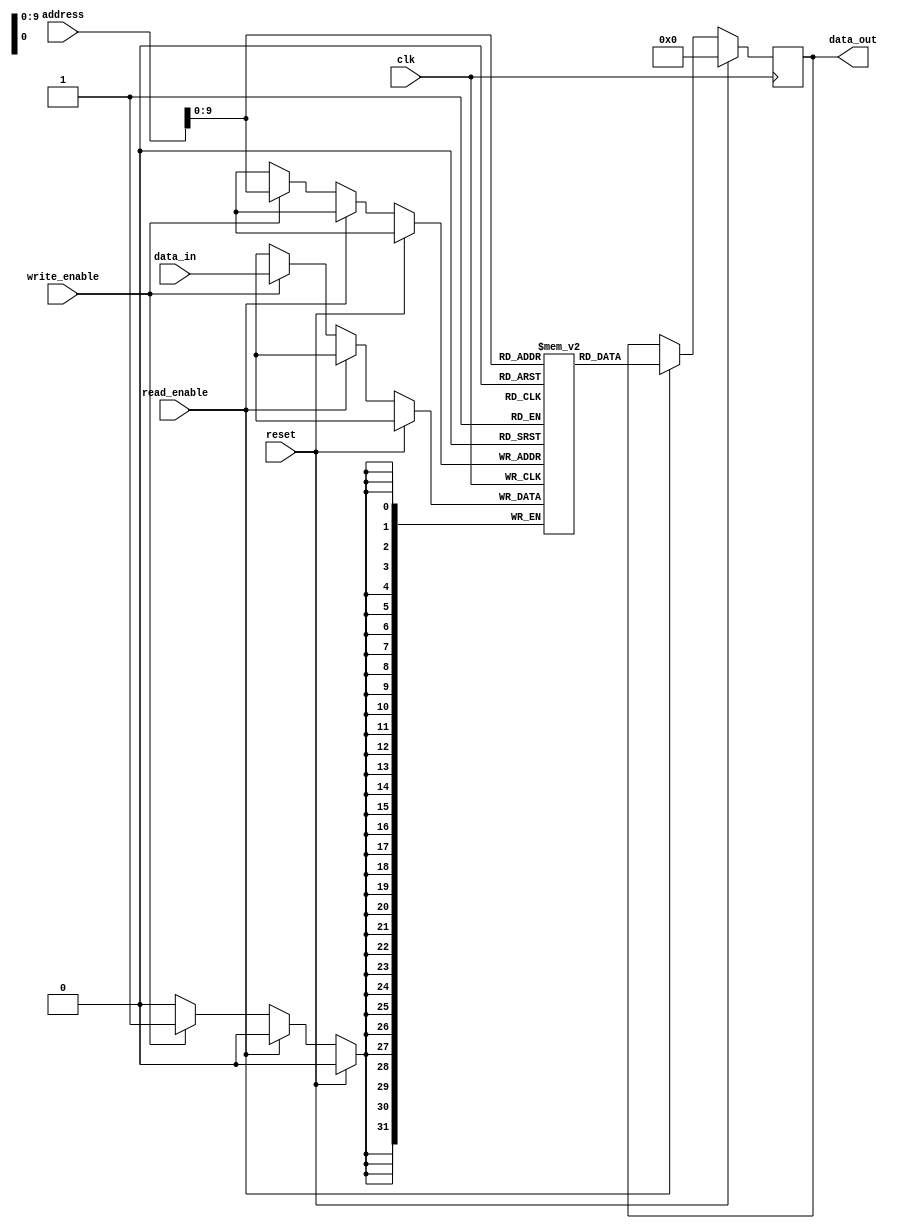
module QDR_SRAM (
    input wire clk, // Clock signal
    input wire reset, // Reset signal
    input wire [31:0] address, // Address bus
    input wire [31:0] data_in, // Input data bus
    output reg [31:0] data_out, // Output data bus
    input wire read_enable, // Read enable signal
    input wire write_enable // Write enable signal
);

reg [31:0] memory [0:1023]; // Array of memory blocks, size of 1024 words

// Address decoding logic
always @ (posedge clk) begin
    if (reset) begin
        data_out <= 32'b0;
    end else begin
        if (read_enable) begin
            data_out <= memory[address];
        end else if (write_enable) begin
            memory[address] <= data_in;
        end
    end
end

endmodule